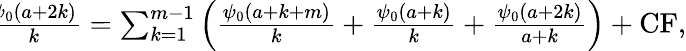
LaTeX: \begin{array}{r}{\! \! \! \! \! \! \! \! \! \! \! \! \! \! \! \! \! \! \! \! \sum_{k=1}^{m-1}\frac{\psi_{0}(a+2k)}{k}=\sum_{k=1}^{m-1}\left(\frac{\psi_{0}(a+k+m)}{k}+\frac{\psi_{0}(a+k)}{k}+\frac{\psi_{0}(a+2k)}{a+k}\right)+\mathrm{CF},}\end{array}